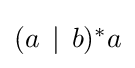
\textstyle (a\,\mid \,b)^{*}a